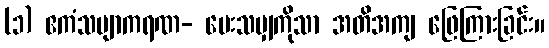
(၁) ဧကံသဗျာကရဏ- မေးသမျှကိုသာ အတိအကျ ဖြေကြားခြင်း။